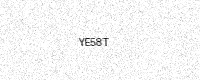
Text: YE58T